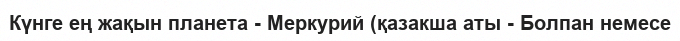
Күнге ең жақын планета - Меркурий (қазакша аты - Болпан немесе